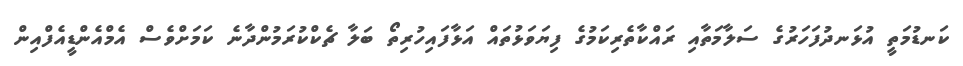
ކަނޑުމަތީ އުޅަނދުފަހަރުގެ ސަލާމަތާއި ރައްކާތެރިކަމުގެ ފިޔަވަޅުތައް އަޅާފައިހުރިތޯ ބަލާ ޗެކްކުރަމުންދާނެ ކަމަށްވެސް އެމްއެންޑީއެފްއިން